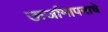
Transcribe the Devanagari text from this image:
ऊर्जामापनाचे